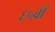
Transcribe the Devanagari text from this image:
६५वाँ